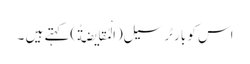
اس کو بارٹر سیل(اَلْمُقایَضَةُ)کہتے ہیں ۔